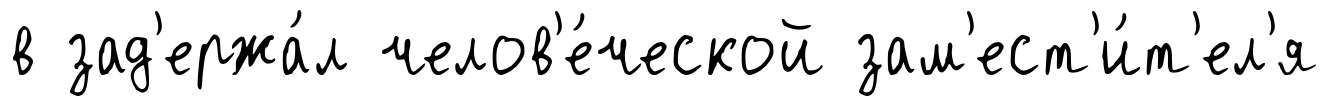
в зад'ержа́л челов'е́ческой зам'ест'и́т'ел'я